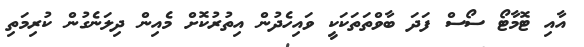
އާއި ޓޮމާޓޯ ސޯސް ފަދަ ބާވްތަތަކަކީ ވައިހެދުން އިތުރުކޮށް މެއިން ދިލަނެގުން ކުރިމަތި